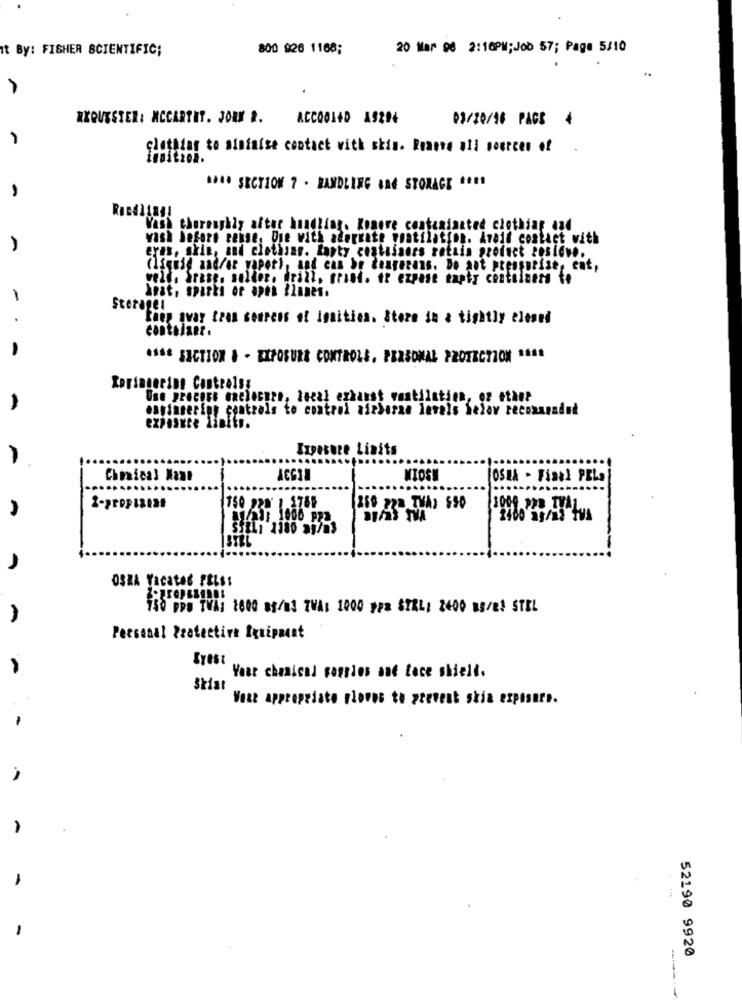
It By: FISHER SCIENTIFIC;
800 926 1168;
20 Mar 96 2:16PM;Job 57; Page 5/10
XXQUESTER: MCCARTHY. JORN #.
ACCO014D AS294
03/10/14 PAGE
-
clothier to sininize contact with skis. Reasee all sources of
#### SECTION 7 - BANDLING ARE STORAGE CCE1
Vass thoroughly after handling. Kogere contagianted clothing and
wash before renne, One with aderkate poatilation. Avoid contact with
eras, skin, and clothsar. Lanty coatusaoss retain product sosiewe.
(liquid and/or vapor), and can be tangerans. Do ant pressotise, cat,
well. Srase. seller. drill. grant. or expase tapty contiiness te
hast, sports or open ilanes.
-
Storagei
.
Riep avar tran seurens of Igaities. Store in a tightly closed
contolant.
-
**** SECTION & - EXPOSURE CONTROLS, PERSONAL PROTECTION 1440
Use preciso machecure, local ezkanst wostilatien, oz ethn?
espiarering controls to control airborne levels helav reconapadat
exposure limits.
Expesure Liaits
Chemical Name
WIOS
[OSHA - Final PELs
150 220' 1.1788
250 223 TVA) $50
1009 PPB TYAL
a/h1: 1000 ppa
2400 g/ml tva
stali 1180 29/m3
OSKA Yacatas FELs:
150 pps TVA: 1600 at/Bd TWA: 1000 ypa STRL: 2400 88/81 STEL
Personal Protective Iquipaest
Syest
Yaar chemical sorglos and face shield.
Skist
Voar appropriate ploves to prevent skin exposure.
52190 9920